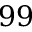
9 9